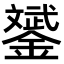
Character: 𨭉